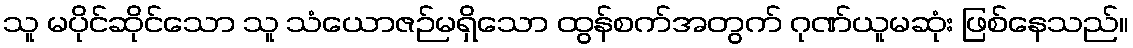
သူ မပိုင်ဆိုင်သော သူ သံယောဇဉ်မရှိသော ထွန်စက်အတွက် ဂုဏ်ယူမဆုံး ဖြစ်နေသည်။